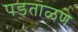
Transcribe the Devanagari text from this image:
पडताळणे